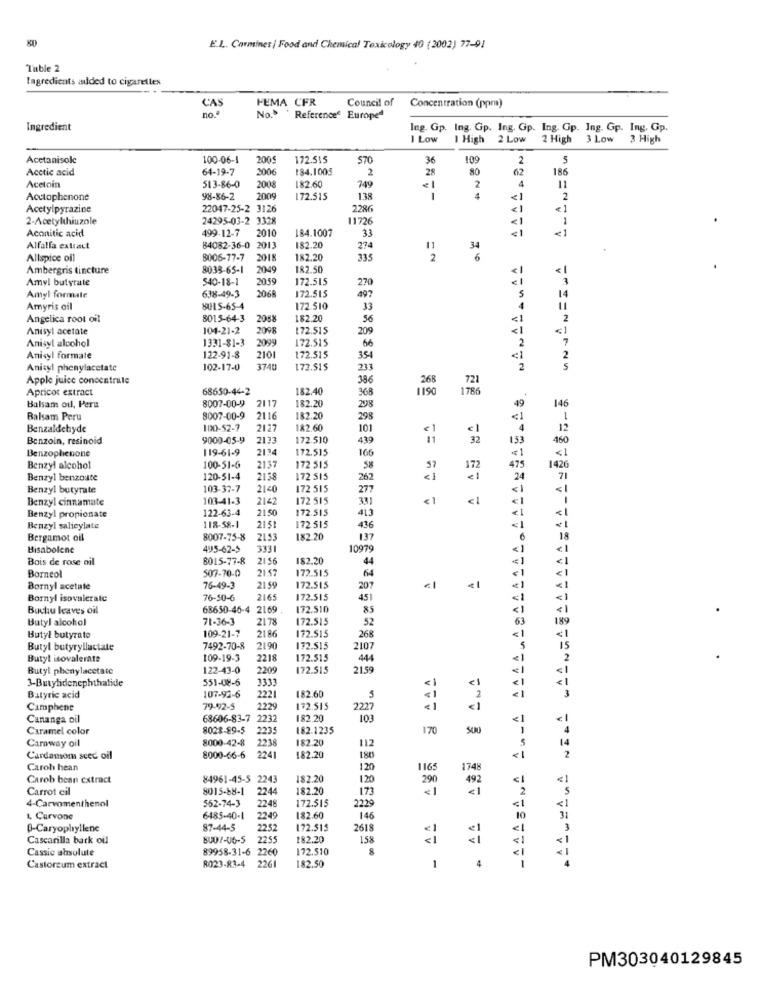
E.L .. Carmines | Food and Chemical Toxicology 40 (2002) 77-91
Table 2
Ingredients added to cigarettes
FEMA CFR
Council of
no.
CAS
Concentration (ppm)
No. ' Reference" Europed
Ingredient
Ing. Gp. Ing. Gp. Ing. Gp. Ing. Gp. Ing. Gp. Ing. Gp.
I Low
I High 2 Low
2 High 3 Low
3 High
Acetanisolc
100-06-1
200g
172.515
570
36
109
2
5
Acetic acid
64-19-7
2006
184.1005
2
28
62
186
Acetoin
513-86-0
2008
182.60
749
2
4
11
Acctophenone
98-86-2
2009
172.515
138
1
<1
2
Acetylpyrazine
22047-25-2 3126
2286
<1
< 1
2-Acetylhiuzole
24295-03-2 3328
1726
< 1
1
Aconitic acid
499-12-7
2010
184.1007
33
<1
Alfalfa extract
84082-36-0
2013
182.20
274
11
34
Allspice oil
B006-77-7
2018
182.20
335
2
6
Ambergris tincture
8038-65-1
2049
182.50
<1
<1
Amyl butyrate
540-18-1
2059
172.515
270
638-49-3
2068
172.515
497
5
Amyl formule
14
Amyris cil
HULS-65-4
172 510
33
Angelica root oil
8015-64-3
2088
182.20
56
2
Anisyl acetate
104-21-2
2008
172.515
209
Anisyl alcohol
2099
172.515
66
2
1331-$1-3
Anisyl formate
122-91-8
2101
172.515
354
Anisyl phenylacetate
102-17-0
3740
172.51$
233
2
Apple juice concentrate
386
268
721
Apricot extract
68630-44-2
182.40
368
1190
1786
2117
182.20
49
Balsam oil, Peru
8007-00-9
298
146
Balsam Peru
8007-00-9
2116
182.20
298
<1
Benzaldehyde
100-52-7
2127
182.60
101
12
Benzoin, resinoid
9000-05-9
2133
172.510
439
32
153
450
Benzophenone
119-61-9
2134
172.515
166
<1
<1
47:
Benzyl alcohol
100-51-6
2137
172 515
58
172
1426
Benzyl benzoate
120-51-4
2138
172 515
262
24
71
Benzyl butyrate
103-37-7
2140
172 515
277
<1
Benzyl cinnamate
103-41-3
2142
172 515
331
€ 1
<1
<1
122-63-4
21.50
172.515
<1
<1
Benzyl propionate
436
Benzyl salicylate
118-58-1
2151
172 515
<1
Bergamot oil
8007-75-8
2153
182 20
137
6
18
Bisabolene
495-62-5
3331
10979
«)
<1
Bois de rose oil
8015-77-8
2156
182.20
44
€1
Borneol
507-70-0
21.57
172.515
64
€ 1
< 1
Bornyl acetate
76-49-3
21 59
172.515
207
<1
Bornyl isovalerale
76-50-6
2165
172.515
45
<1
< 1
Buchu leaves oil
68650-46-4 2169
172.510
85
< 1
Butyl alcohol
71-36-3
21 78
172.515
52
63
189
109-21-7
2186
172.515
< 1
<1
Butyl butyrate
268
AAAA
Butyl butyryllactate
7492-70-8
2190
172.515
2107
15
Butyl isovalerte
109-19-3
2218
172.515
444
2
Butyl phenylacetate
122-43-0
2209
172.515
21,59
<1
551-08-6
3331
€1
< 1
3-Butylidenephthalide
< 1
Butyric acid
107-92-6
2221
182.60
5
< 1
2
3
Camphene
79-92-5
2229
172.515
2227
LACABANA ANNA
Cananga oil
68606-83-7
2232
182.20
103
<1
< 1
Caramel color
8028-89-5
2235
182.1235
170
500
Caraway oil
8000-42-8
2238
182.20
112
14
Cardamom seed oil
8000-66-6
2241
182.20
180
<1
2
Caroh hean
120
1165
174
Carob bean extract
84961-45-5 2243
182.20
120
290
492
<1
Carrot cil
8015-88-1
2244
182.20
173
4-Carvomenthenol
2248
2225
562-74-3
172.515
1, Curvone
6485-40-1
2249
182.60
146
10
31
B-Caryophyllene
87-44-5
2252
172.515
2618
3
Cascarilla bark oil
BU07-06-5
2255
182.20
158
Cassie absolute
89958-31-6
172.510
8
8023-83-4 2261
Castorzum extract
182.50
1
4
PM303040129845